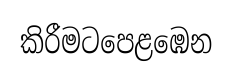
කිරීමටපෙළඹෙන